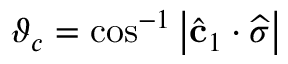
\vartheta _ { c } = \cos ^ { - 1 } \left| \widehat { \mathbf { c } } _ { 1 } \cdot \widehat { \boldsymbol { \sigma } } \right|